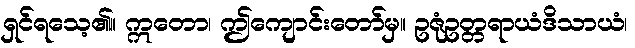
ရှင်ရသေ့၏။ ဣတော၊ ဤကျောင်းတော်မှ။ ဥဇုံဥတ္တရာယံဒိသာယံ၊